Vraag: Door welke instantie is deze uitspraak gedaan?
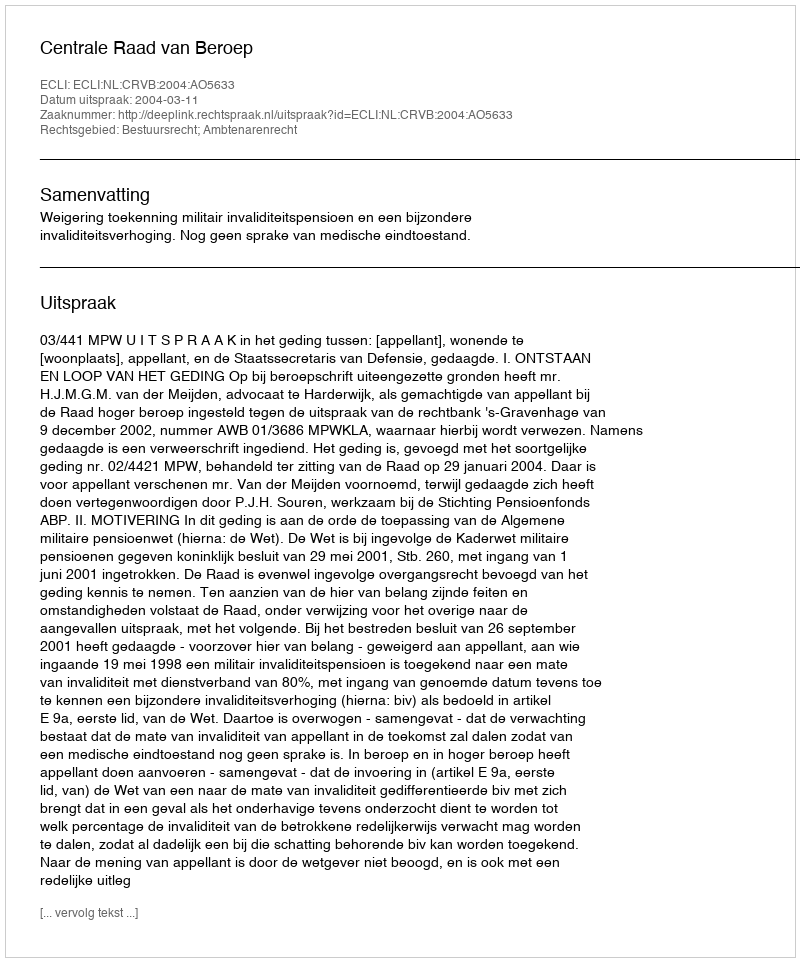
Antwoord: Centrale Raad van Beroep